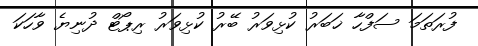
ފުރަތަމަ ސަފްހާ ޚަބަރު ކުޅިވަރު ބޭރު ކުޅިވަރު ރިޕޯޓް ދުނިޔެ ވާހަކަ